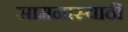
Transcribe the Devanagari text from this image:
सामनास्याठी